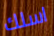
اسلك